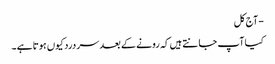
- آج کل
کیا آپ جا نتے ہیں کہ رونے کے بعد سر درد کیوں ہوتا ہے ۔